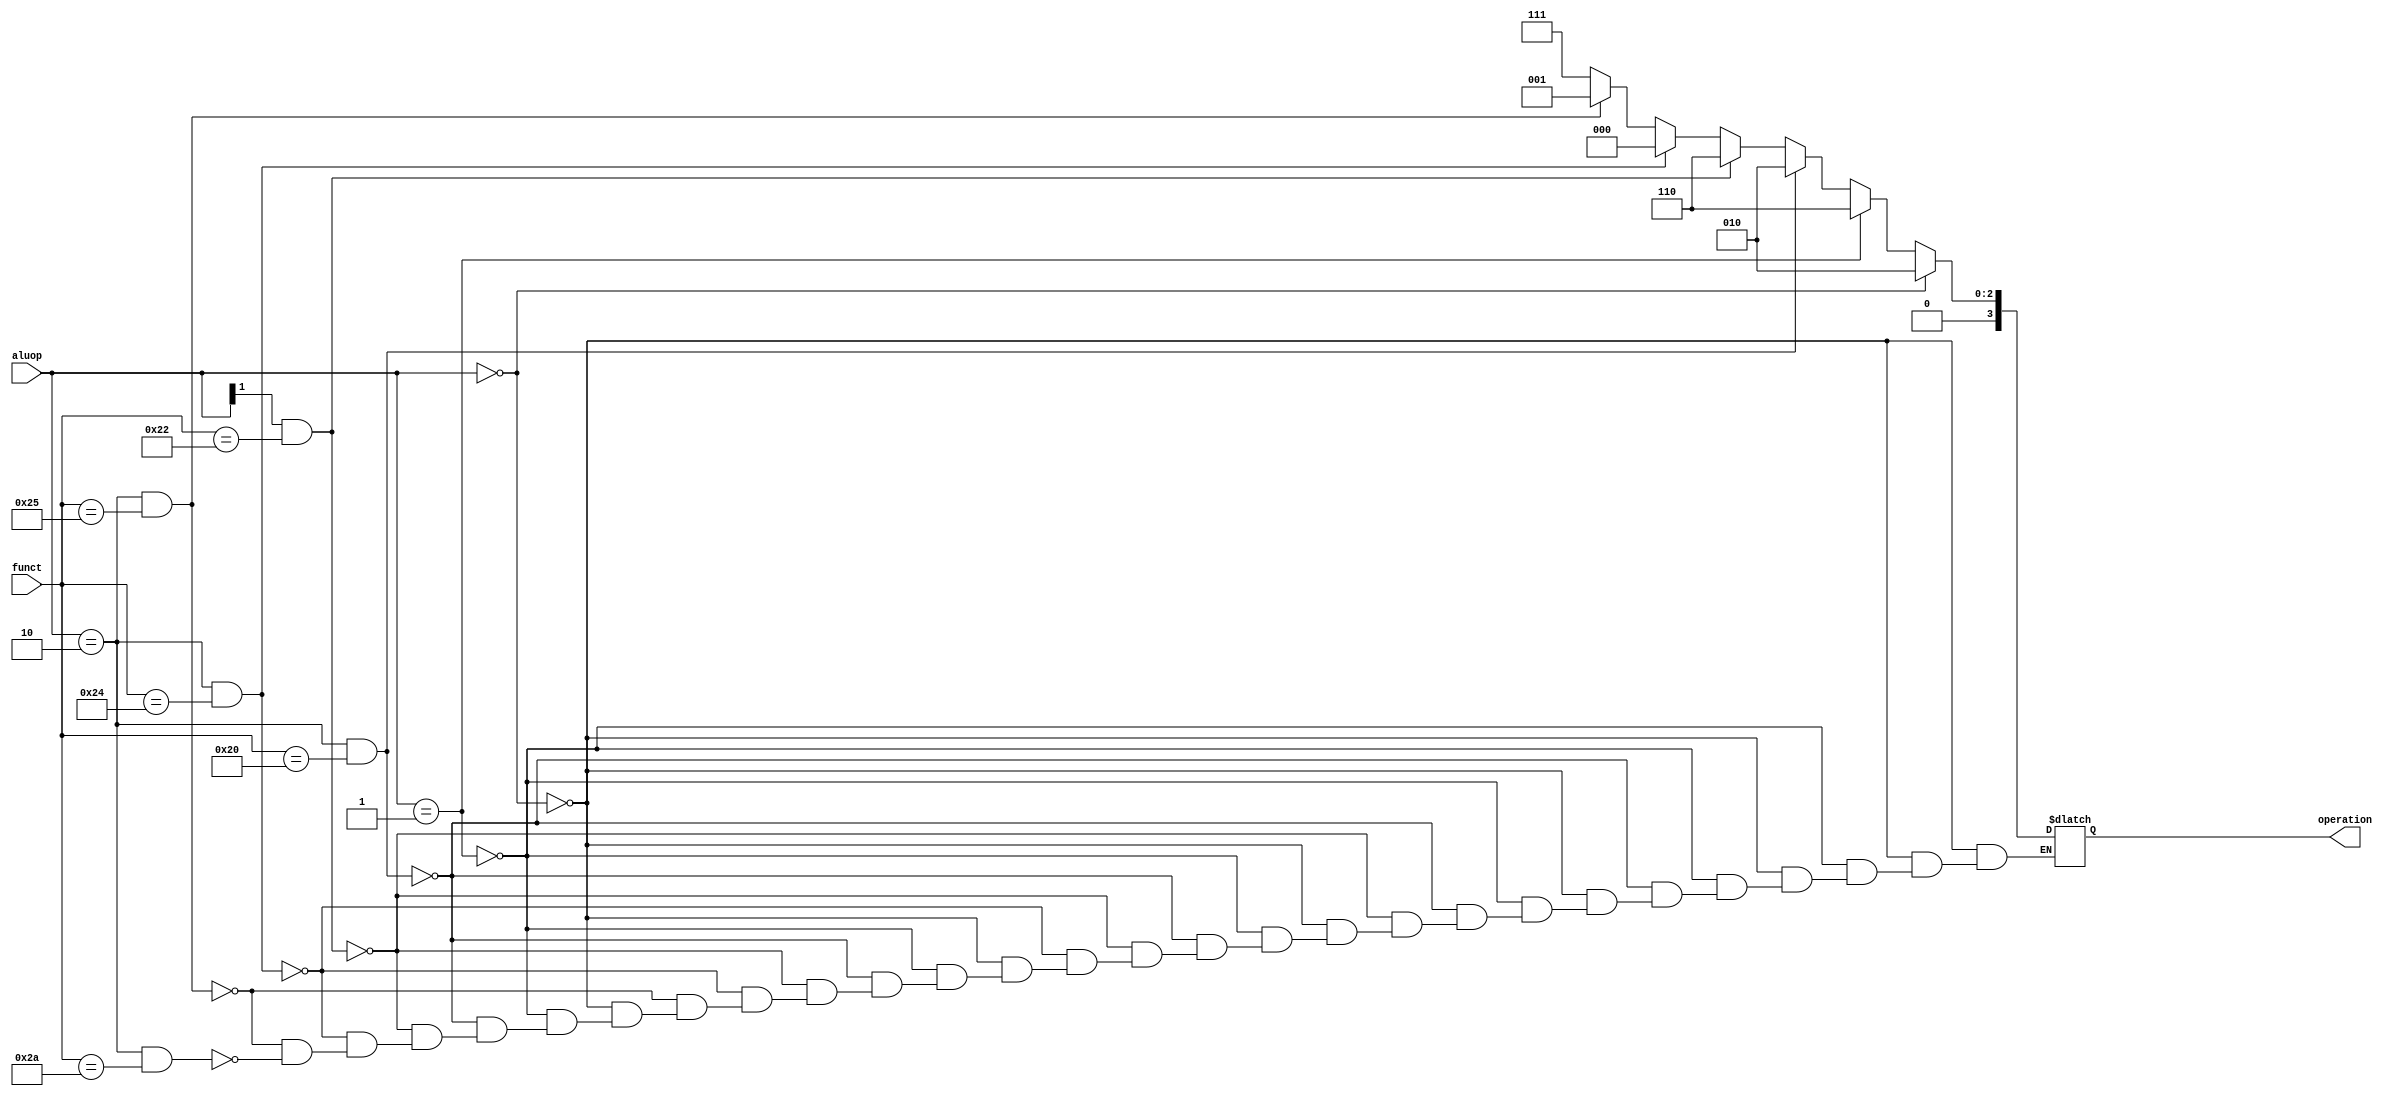
module alu_control(input[1:0] aluop, input[5:0] funct, output reg[3:0] operation );
  // These codes and outputs are taken from figure 4.13, P&H.
  always @ (aluop or funct) begin
    if (aluop == 2'b00)     
      operation = 4'b0010;      // lw, sw, addi, addiu -> add
    else if (aluop == 2'b01)    
      operation = 4'b0110;      // branch equal -> sub
    else if (aluop == 2'b10 && funct == 6'b100000)
      operation = 4'b0010;      // Rtype -> add
    else if (aluop[1] == 1 && funct == 6'b100010)
      operation = 4'b0110;       // Rtype -> sub
    else if (aluop == 2'b10 && funct == 6'b100100)
      operation = 4'b0000;      // Rtype -> AND
    else if (aluop == 2'b10 && funct== 6'b100101)
      operation = 4'b0001;      // Rtype -> OR
    else if (aluop == 2'b10 && funct == 6'b101010)
      operation = 4'b0111;      // Rtype -> set on less than
  end
endmodule